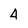
Character: 4